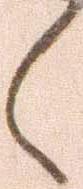
々